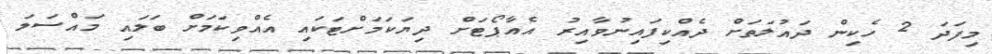
މިފަދަ 2 ހެކިން ދައުލަތަށް ދެއްކިފައިނުވާއިރު އެއާޕޯޓަށް ދިޔަކަމަށްޓަކައި އެއްވިކަމަށް ބަލައި މައްސަލަ